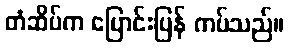
တံဆိပ်က ပြောင်းပြန် ကပ်သည်။